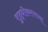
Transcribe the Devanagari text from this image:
शुद्धीकरणच्या